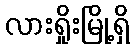
လားရှိုးမြို့ရှိ